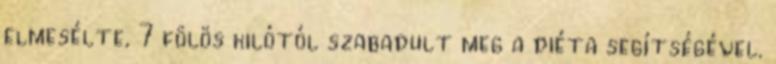
elmesélte, 7 fölös kilótól szabadult meg a diéta segítségével.